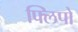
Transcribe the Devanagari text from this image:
फ्लिपो